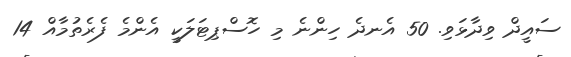
ސައީދް ވިދާޅަވި. 50 އެނދެ ހިންނެ މި ހޮސްޕިޓަލަކީ އެންމެ ފެރެތުމާއް 14